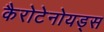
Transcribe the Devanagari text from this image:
कैरोटेनोयड्स